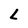
Character: L